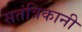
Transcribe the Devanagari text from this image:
सतंत्रिकानी